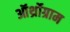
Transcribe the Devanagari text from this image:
ऑर्थ्रोग्राम